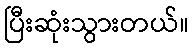
ပြီးဆုံးသွားတယ်။